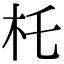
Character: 杔